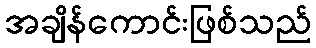
အချိန်ကောင်းဖြစ်သည်